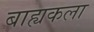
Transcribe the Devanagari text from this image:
बाह्यकला